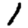
Digit: 1